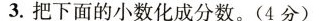
3.把下面的小数化成分数。(4分)